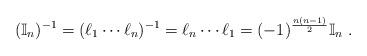
LaTeX: \begin{align*}(\mathbb{I}_n)^{-1}=(\ell_1\cdots\ell_n)^{-1}=\ell_n\cdots\ell_1=(-1)^{\frac{n(n-1)}{2}}\mathbb{I}_n \ .\end{align*}